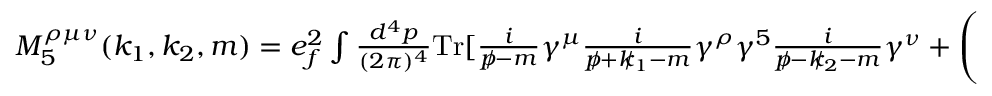
\begin{array} { r } { M _ { 5 } ^ { \rho \mu \nu } ( k _ { 1 } , k _ { 2 } , m ) = e _ { f } ^ { 2 } \int \frac { d ^ { 4 } p } { ( 2 \pi ) ^ { 4 } } \mathrm { { T r } } [ \frac { i } { p \! \! \! / - m } \gamma ^ { \mu } \frac { i } { p \! \! \! / + k \! \! \! / _ { 1 } - m } \gamma ^ { \rho } \gamma ^ { 5 } \frac { i } { p \! \! \! / - k \! \! \! / _ { 2 } - m } \gamma ^ { \nu } + \left( \begin{array} { c } { \mu \leftrightarrow \nu } \\ { k _ { 1 } \leftrightarrow k _ { 2 } } \end{array} \right) ] . } \end{array}